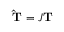
\mathbf { \hat { T } } = J \mathbf { T }